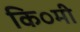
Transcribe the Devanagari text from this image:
कि०मी